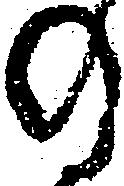
の